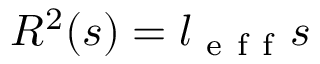
{ \cal R } ^ { 2 } ( s ) = l _ { \mathrm { ~ e ~ f ~ f ~ } } s